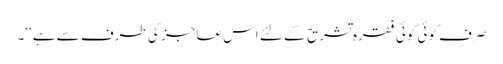
صرف کوئی کوئی فقرہ تشریح کے لئے اس عاجز کی طرف سے ہے‘‘۔